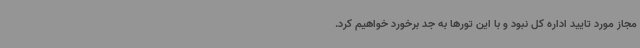
مجاز مورد تایید اداره کل نبود و با این تورها به جد برخورد خواهیم کرد.